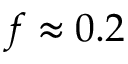
f \approx 0 . 2